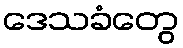
ဒေသခံတွေ